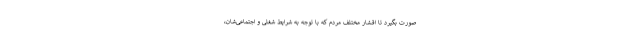
صورت بگیرد تا اقشار مختلف مردم که با توجه به شرایط شغلی و اجتماعی‌شان،